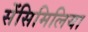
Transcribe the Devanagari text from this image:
सेंसिमिलिया